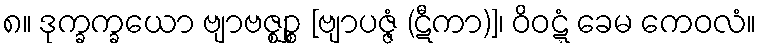
၈။ ဒုက္ခက္ခယော ဗျာဗဇ္ဈဉ္စ [ဗျာပဇ္ဇံ (ဋီကာ)]၊ ဝိဝဋ္ဋံ ခေမ ကေဝလံ။